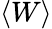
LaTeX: \langle W\rangle